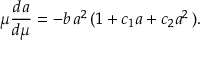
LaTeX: \mu \frac { d a } { d \mu } = - b \, a ^ { 2 } \, ( 1 + c _ { 1 } a + c _ { 2 } a ^ { 2 } \, ) .